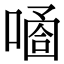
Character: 𠻙